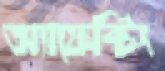
অ্যাফেক্টিং